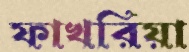
ফাখরিয়া